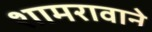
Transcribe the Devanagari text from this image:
शामरावाने